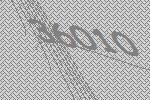
36010